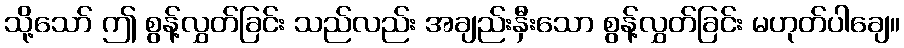
သို့သော် ဤ စွန့်လွှတ်ခြင်း သည်လည်း အချည်းနှီးသော စွန့်လွှတ်ခြင်း မဟုတ်ပါချေ။